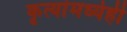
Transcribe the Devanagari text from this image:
कृत्यांमध्येही